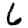
Digit: 6